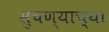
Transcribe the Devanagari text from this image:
सुचण्याच्या